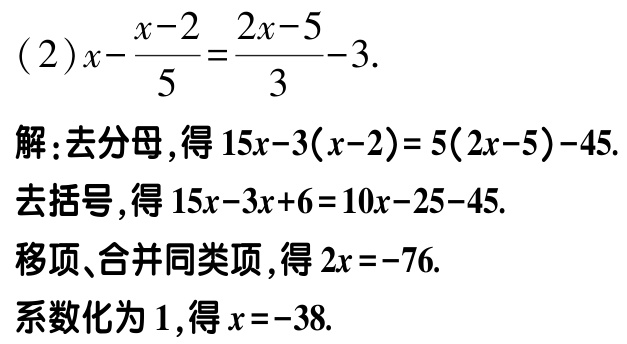
(2)\(x - \frac{x - 2}{5} = \frac{2x - 5}{3} - 3\).

解：去分母，得\(15x - 3(x - 2) = 5(2x - 5) - 45\).

去括号，得\(15x - 3x + 6 = 10x - 25 - 45\).

移项、合并同类项，得\(2x = -76\).

系数化为1，得\(x = -38\).